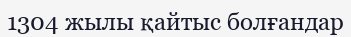
1304 жылы қайтыс болғандар